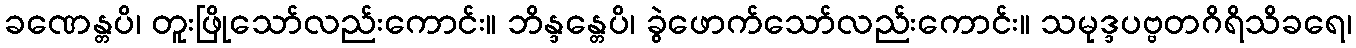
ခဏေန္တပိ၊ တူးဖြိုသော်လည်းကောင်း။ ဘိန္ဒန္တေပိ၊ ခွဲဖောက်သော်လည်းကောင်း။ သမုဒ္ဒပဗ္ဗတဂိရိသိခရေ၊